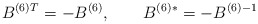
\begin{align*}B^{(6)}{}^T=-B^{(6)},\qquad B^{(6)}{}^*=-B^{(6)}{}^{-1}\end{align*}